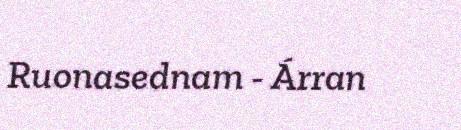
Ruonasednam - Árran